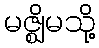
မဇ္ဈိမသို့